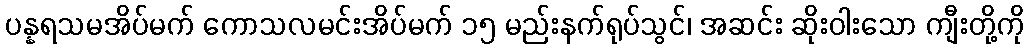
ပန္နရသမအိပ်မက် ကောသလမင်းအိပ်မက် ၁၅ မည်းနက်ရုပ်သွင်၊ အဆင်း ဆိုးဝါးသော ကျီးတို့ကို